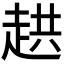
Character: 𮚸